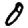
Digit: 0